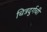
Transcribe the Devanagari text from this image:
चित्रदुर्गची